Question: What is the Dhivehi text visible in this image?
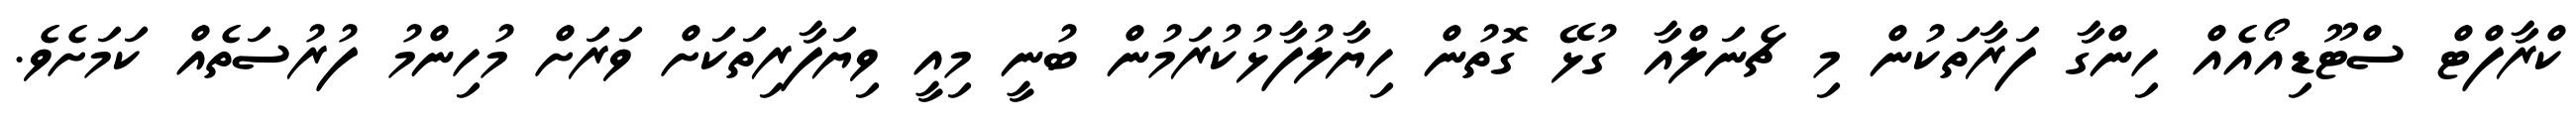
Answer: ކްރާފްޓް ސްޓޫޑިއޯއެއް ހިންގާ ފަރާތަކުން މި ޗެނަލްއާ ގުޅޭ ގޮތުން ހިޔާލުފާޅުކުރަމުން ބުނީ މިއީ ވިޔަފާރިތަކަށް ވަރަށް މުހިންމު ފުރުސަތެއް ކަމަށެވެ.